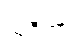
သုဂီတာ